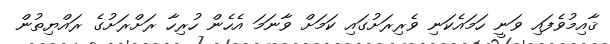
ޤާއިމުވެފައި ވަނީ ހަމައެކަނި ވެރިރަށުގައި ކަމަށް ވާނަމަ އެހެން ހުރިހާ ރަށްރަށުގެ ރައްޔިތުން